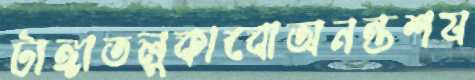
টাঙ্গাতলুকাবোঅনন্তশয